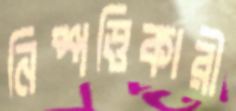
নিষ্পত্তিকারী